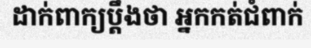
ដាក់ពាក្យប្តឹងថា អ្នកកត់ជំពាក់